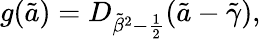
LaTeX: g(\tilde{a})=D_{{\tilde{\beta}}^{2}-{\frac{1}{2}}}(\tilde{a}-\tilde{\gamma}),